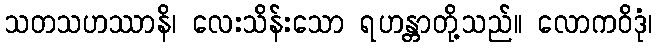
သတသဟဿာနိ၊ လေးသိန်းသော ရဟန္တာတို့သည်။ လောကဝိဒုံ၊